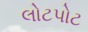
લોટપોટ